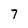
Character: 7